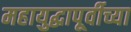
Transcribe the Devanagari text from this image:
महायुद्धापूर्वीच्या